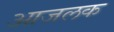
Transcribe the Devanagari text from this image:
आजलक